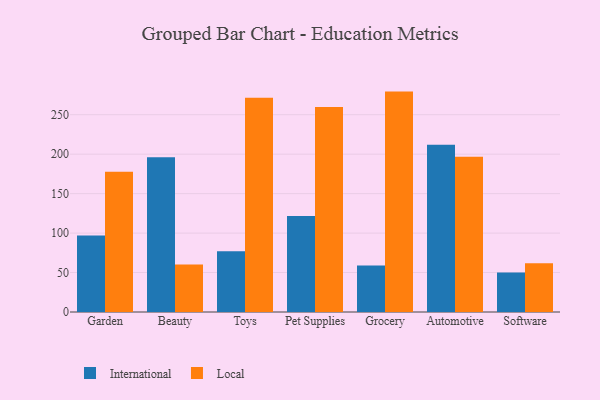
{"axis": {"x": "Category", "y": "Gross Profit (USD K)"}, "legend": ["International", "Local"], "data": [{"x": "Garden", "y": 97.0, "type": "International"}, {"x": "Garden", "y": 177.6, "type": "Local"}, {"x": "Beauty", "y": 196.0, "type": "International"}, {"x": "Beauty", "y": 60.3, "type": "Local"}, {"x": "Toys", "y": 77.0, "type": "International"}, {"x": "Toys", "y": 271.6, "type": "Local"}, {"x": "Pet Supplies", "y": 121.5, "type": "International"}, {"x": "Pet Supplies", "y": 259.9, "type": "Local"}, {"x": "Grocery", "y": 58.8, "type": "International"}, {"x": "Grocery", "y": 279.3, "type": "Local"}, {"x": "Automotive", "y": 211.9, "type": "International"}, {"x": "Automotive", "y": 196.7, "type": "Local"}, {"x": "Software", "y": 50.0, "type": "International"}, {"x": "Software", "y": 61.9, "type": "Local"}]}